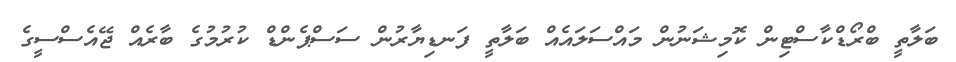
ބަލާތީ ބްރޯޑްކާސްޓިން ކޮމިޝަނުން މައްސަލައެއް ބަލާތީ ފަނޑިޔާރުން ސަސްޕެންޑް ކުރުމުގެ ބާރެއް ޖޭއެސްސީގެ